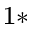
^ { 1 \ast }